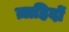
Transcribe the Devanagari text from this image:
ज़ाहिदों